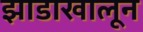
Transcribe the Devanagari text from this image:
झाडाखालून